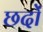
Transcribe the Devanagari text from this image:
छदों